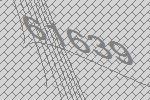
61639